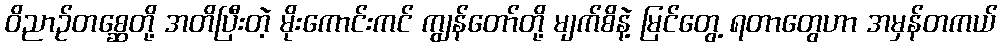
ဝိညာဉ်တစ္ဆေတို့ အတိပြီးတဲ့ မိုးကောင်းကင် ကျွန်တော်တို့ မျက်စိနဲ့ မြင်တွေ့ ရတာတွေဟာ အမှန်တကယ်